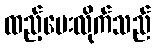
ထည့်ပေးလိုက်သည်